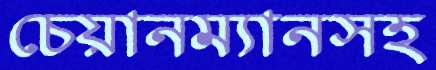
চেয়ানম্যানসহ